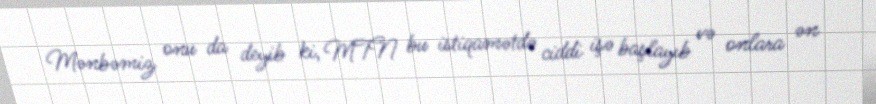
Mənbəmiz onu da deyib ki, MTN bu istiqamətdə ciddi işə başlayıb və onlara ən